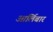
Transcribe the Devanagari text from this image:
आर्लिबार